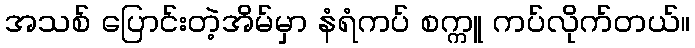
အသစ် ပြောင်းတဲ့အိမ်မှာ နံရံကပ် စက္ကူ ကပ်လိုက်တယ်။